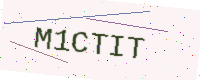
Text: M1CTIT